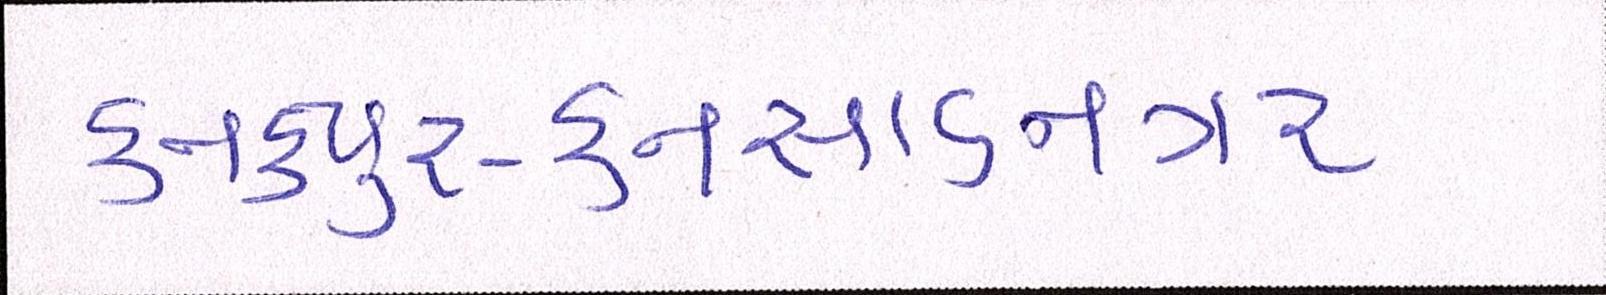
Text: કનકપુર-કનસાડનગર